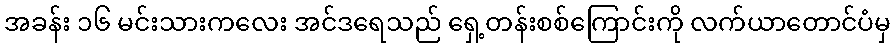
အခန်း ၁၆ မင်းသားကလေး အင်ဒရေသည် ရှေ့တန်းစစ်ကြောင်းကို လက်ယာတောင်ပံမှ